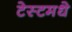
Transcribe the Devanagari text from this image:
टेस्टमधे